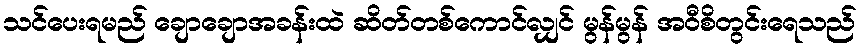
သင်ပေးရမည် ချောချောအခန်းထဲ ဆိတ်တစ်ကောင်လျှင် မွန်မွန် အဝီစိတွင်းရေသည်